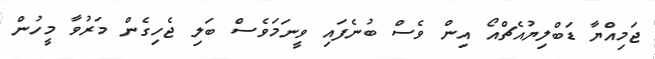
ޖަމިއްޔާ ޑަބްލިޔުއެޗްއޯ އިން ވެސް ބުނެފައި ވީނަމަވެސް ބަލި ޖެހިގެން މަރުވާ މީހުން